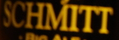
SCHMITT